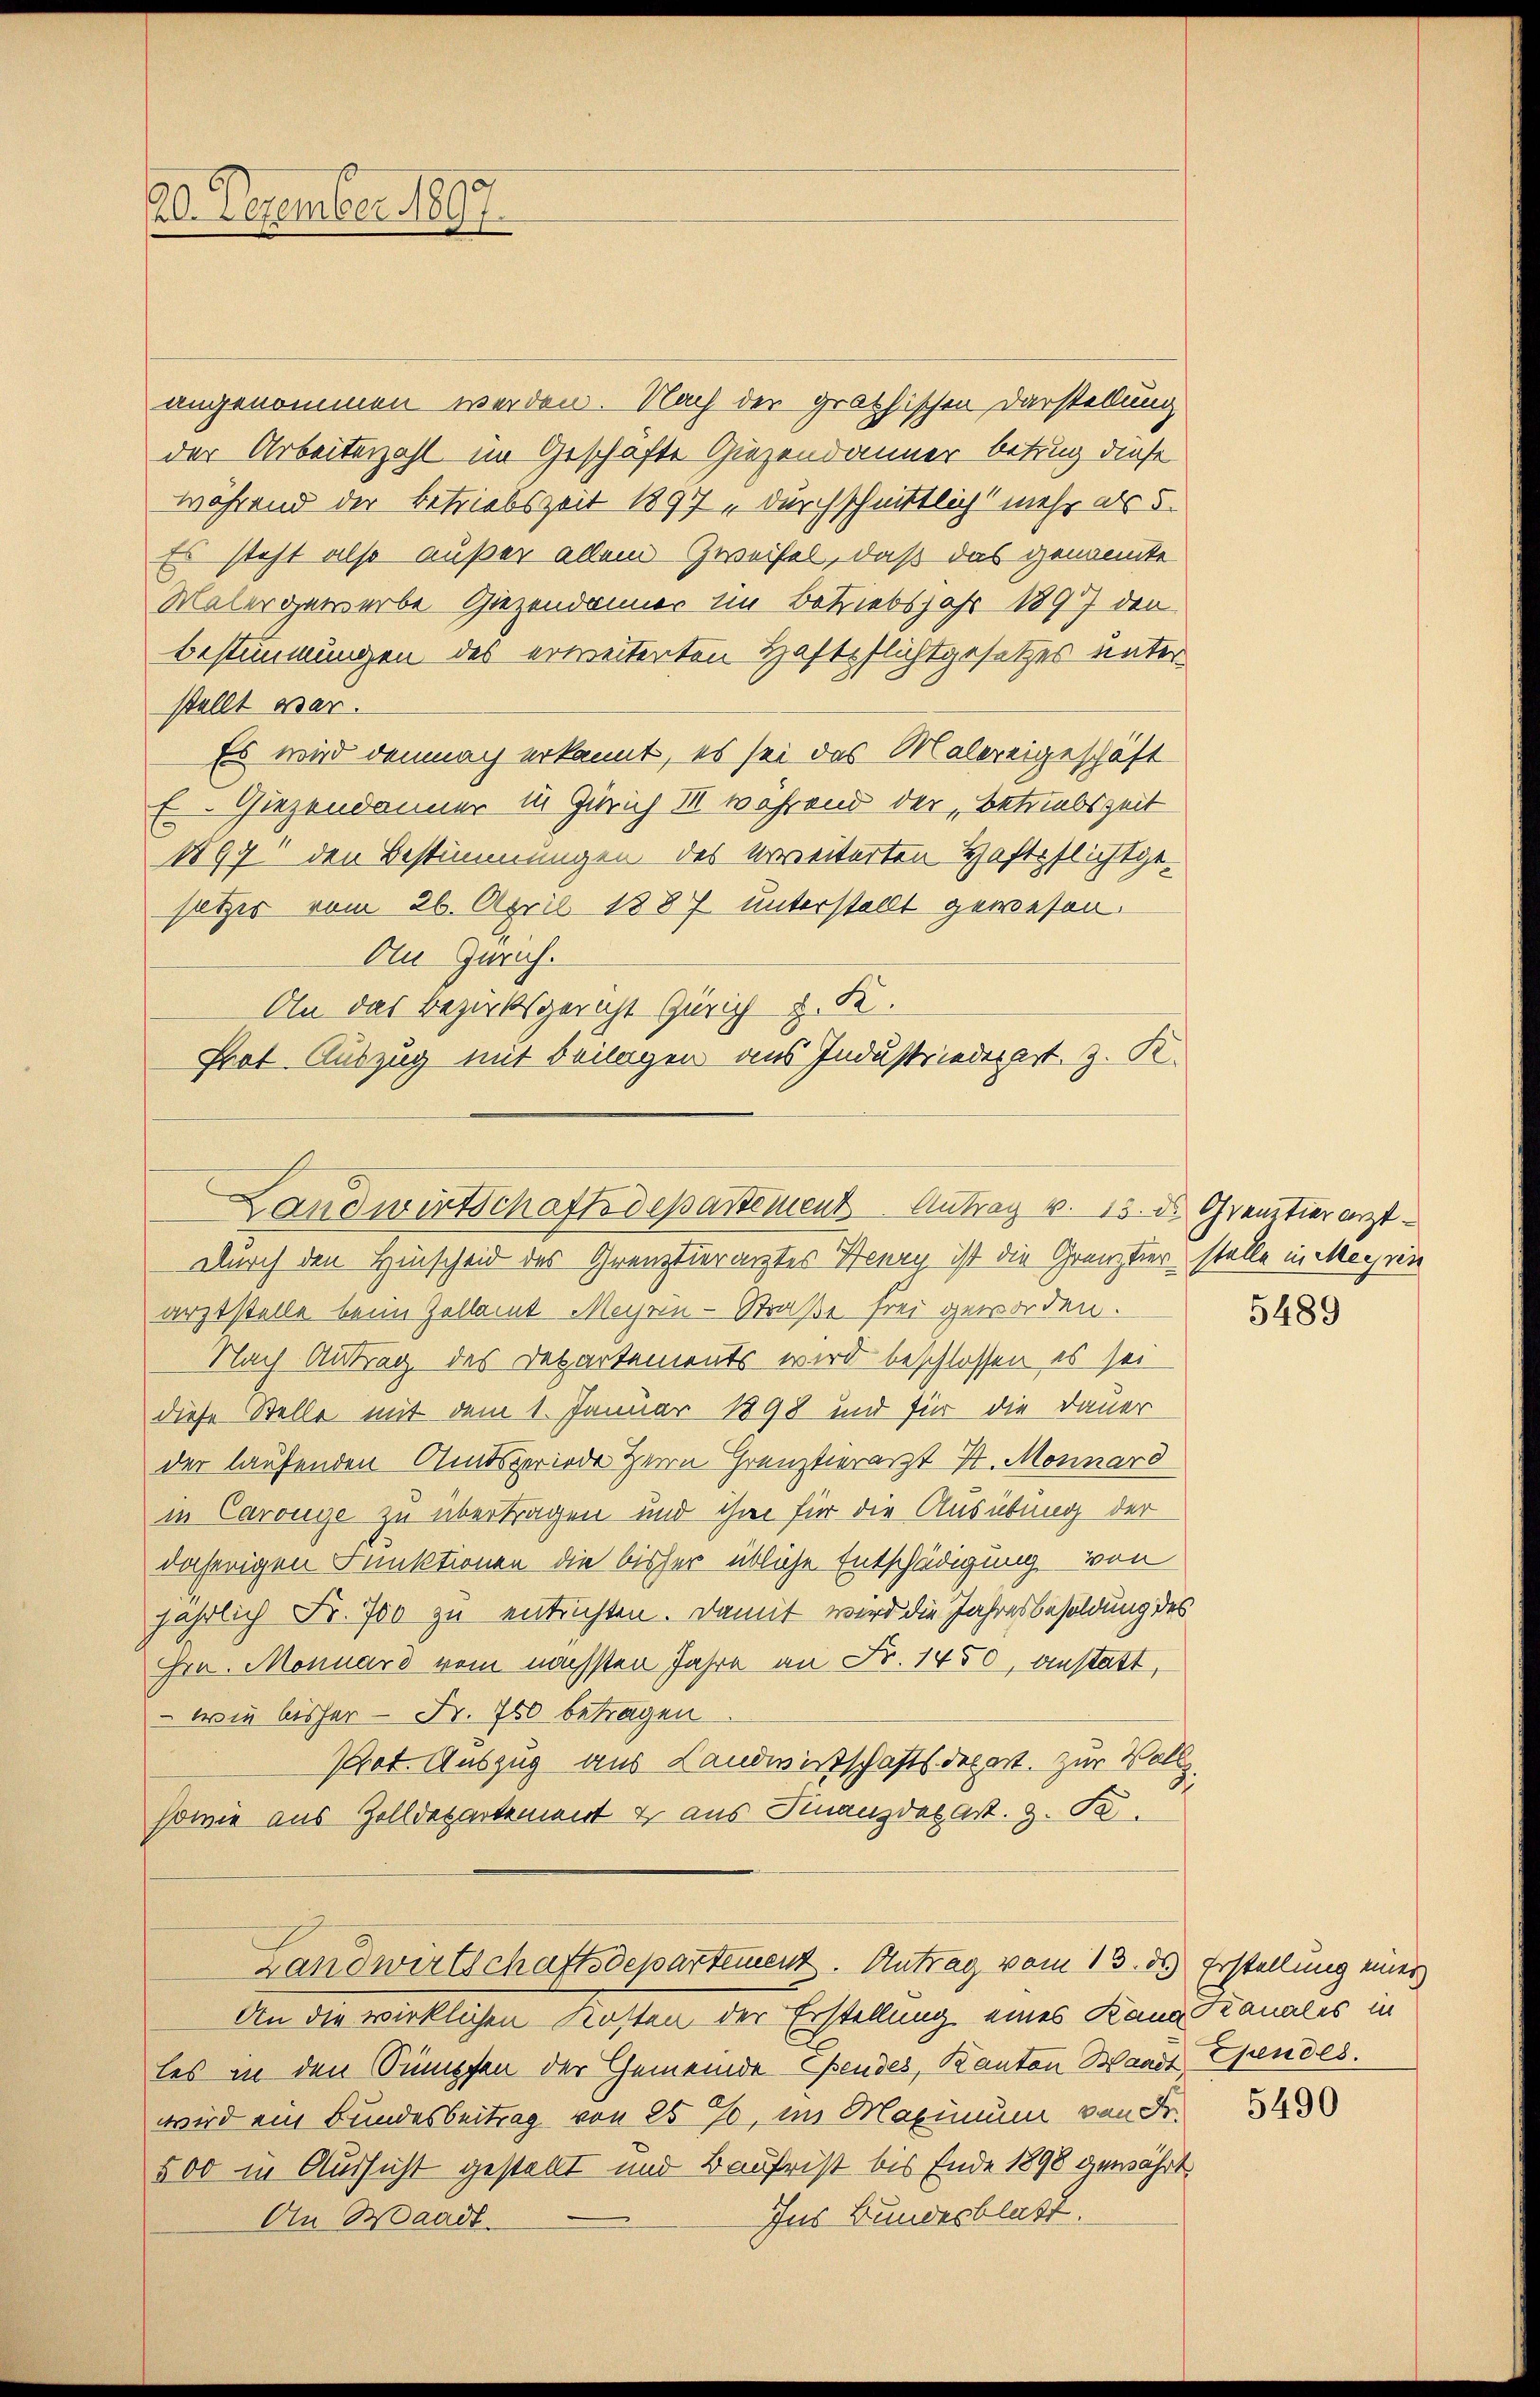
60. Dezember 1897.

angenommen werden. Nach der grathischen Darstellung
der Arbeiterzahl im Geschäfte Giezendamner betrug diese
während der Betriebszeit 1897 „durchschnittlicht mehr als 5.
Es steht also außer allem Zweifel, daß das genannte
Maler gewerbe Giezendamner im Betriebsjahr 1897 den
Bestimmungen des erweiterten Haftpflichtgesetzes unter
stellt war.
Es wird demnach erkannt, es sei das Malereigeschäft
E Giezendonner in Zürich III während der Betriebszeit
1899 den Bestimmungen des erweiterten Haftpflichtgesetzes vom 26. April 1887 unterstellt gewesen.
An Gerich.
durch den Hinscheid des Grenztierarztes Henry ist die Grenztier stelle in Meyrin
arztstelle beim Zellamt Mechen - Straße frei geworden.
Nach Antrag des Departements wird beschlossen, es sei
diese Stelle mit dem 1. Januar 1898 und für die Dauer
der laufenden Amtsgeriede Herrn Grenztierarzt 7. Monnard
in Carouge zu übertragen und ihm für die Ausübung der
daherigen Funktionen die bisher übliche Entschädigung von
jährlich Fr. 750 zu entrichten. Damit wird die Jahresbesoldung des
Hrn. Monnard vom nächsten Jahre an Fr. 1450, anstatt,
- wie bisher - Fr. 750 betragen.
Prot. Auszug aus Landwirtschaftsdepart. zur Vollz
sowie aus Zolldepartement & aus Finanzdas Art. z. B.

On das Bezirksgericht Zürich u. K.
Prat Auszug mit Beilagen aus Industriederart z. K.
Landwirtschaftsdepartement Antrag v. 15. d. Grenztier erst¬

Landwirtschaftsdepartement. Antrag vom 13. ds Erstellung einer

An die wirklichen Kosten der Erstellung eines Kann Kanales in
les in den Sumpfen der Gemeinde Ehendes, Kanton Waadt Chendes.
wird ein Bundesbeitrag von 25 %, im Maximum von Fr.
500 in Aussicht gestellt und Baufrist bis Ende 1898 gewährt
Ins Bundesblatt.
An Waadt.

5489

5490